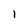
Character: 1